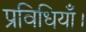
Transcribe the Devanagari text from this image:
प्रविधियाँ।